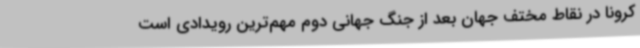
کرونا در نقاط مختف جهان بعد از جنگ جهانی دوم مهم‌ترین رویدادی است